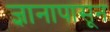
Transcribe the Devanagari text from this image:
ज्ञानापासून